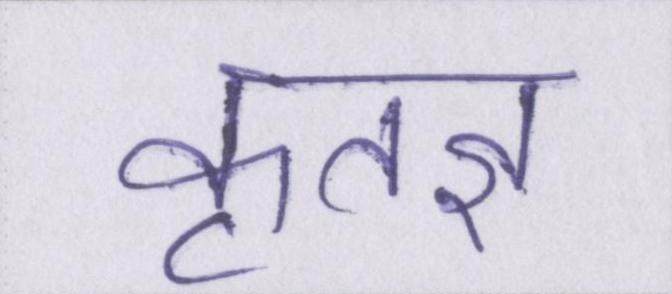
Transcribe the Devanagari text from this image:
कृतज्ञ